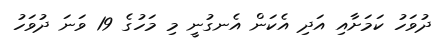
ދުވަހު ކަމަށާއި އަދި އެކަން އެނގުނީ މި މަހުގެ 19 ވަނަ ދުވަހު